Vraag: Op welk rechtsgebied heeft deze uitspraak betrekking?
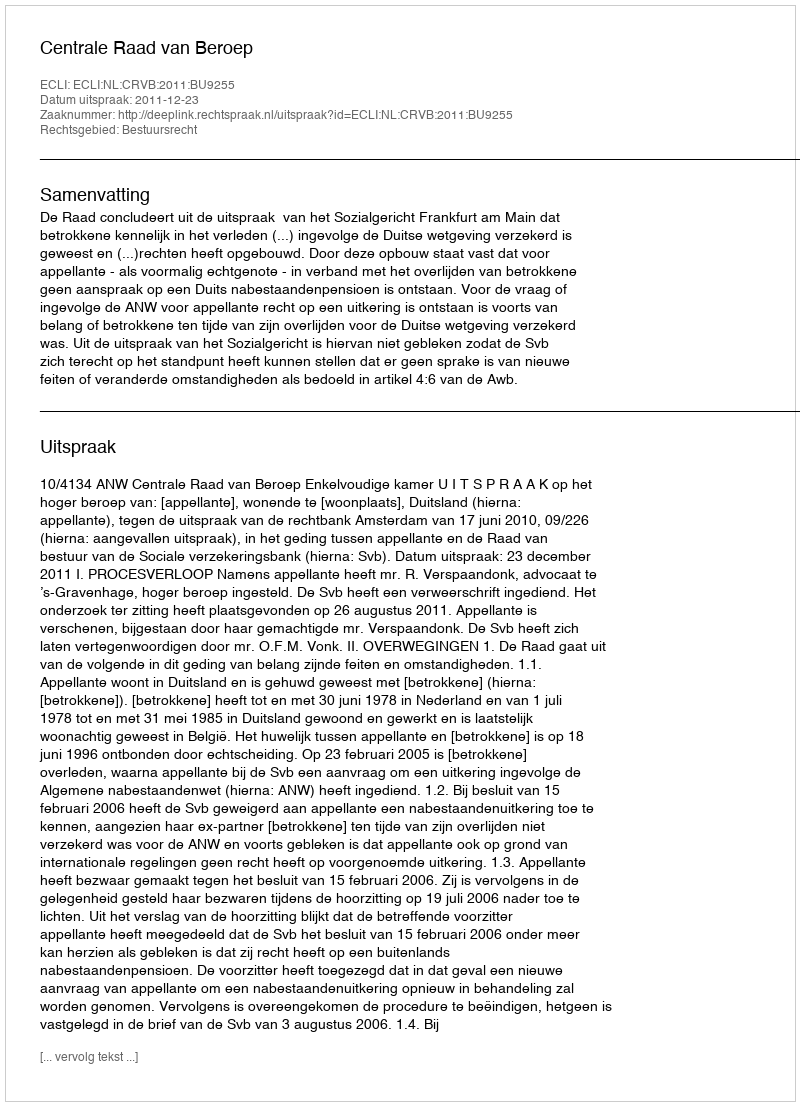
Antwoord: Bestuursrecht